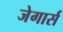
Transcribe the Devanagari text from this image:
जेगार्स